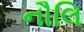
નૌલિ